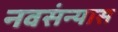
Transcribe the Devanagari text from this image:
नवसंन्यास